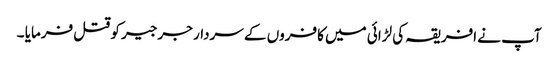
آپ نے افریقہ کی لڑائی میں کافروں کے سردار جرجیر کو قتل فرمایا ۔